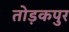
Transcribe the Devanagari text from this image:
तोड़कपुर